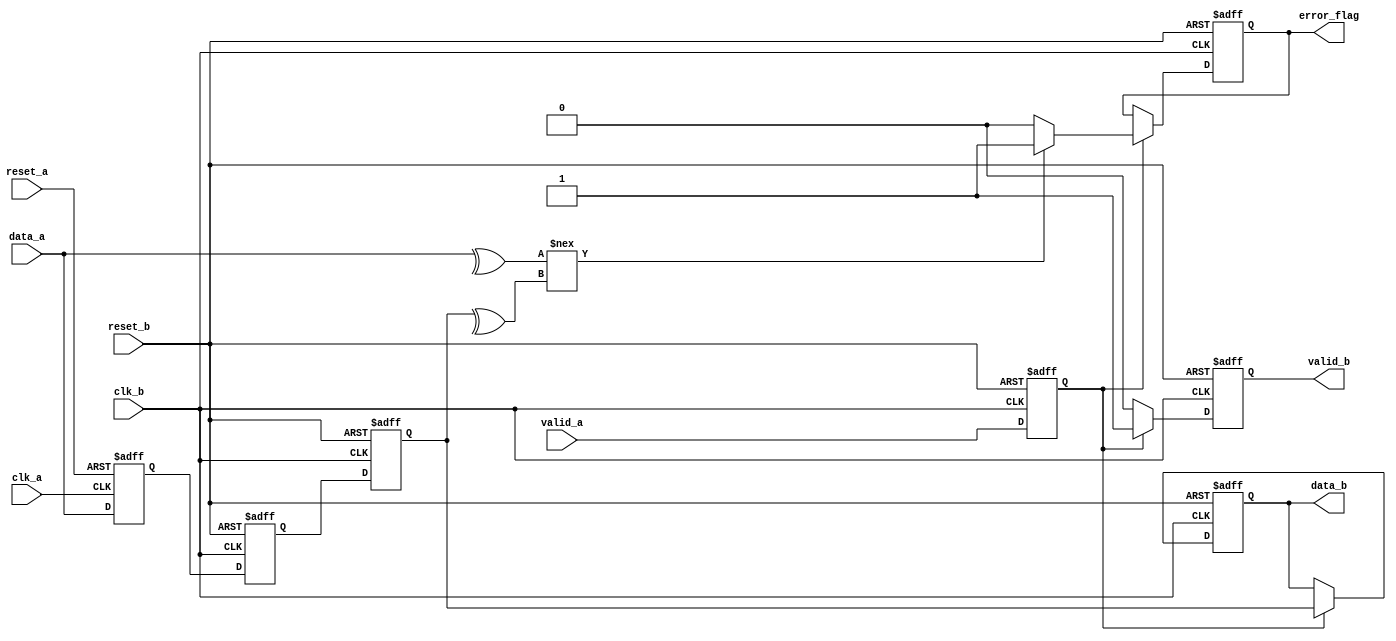
module cdc_with_error_detection #(
    parameter DATA_WIDTH = 8 // Adjust data width as necessary
)(
    input wire clk_a,          // Clock for Domain A
    input wire clk_b,          // Clock for Domain B
    input wire reset_a,        // Asynchronous reset for Domain A
    input wire reset_b,        // Asynchronous reset for Domain B
    input wire [DATA_WIDTH-1:0] data_a, // Data input from Domain A
    input wire valid_a,        // Valid signal for data in Domain A
    output reg [DATA_WIDTH-1:0] data_b, // Synchronized data output in Domain B
    output reg error_flag,     // Error indication flag
    output reg valid_b         // Valid signal for data in Domain B
);

// Internal signals
reg [DATA_WIDTH-1:0] data_a_reg;
reg [DATA_WIDTH-1:0] sync_flop1, sync_flop2;
reg parity_a, parity_b;
reg valid_a_reg, valid_a_sync;

// Generate parity bit for data_a
always @(*) begin
    parity_a = ^data_a; // Simple even parity generation
end

// Synchronize valid signal and data from Domain A to Domain B
always @(posedge clk_b or posedge reset_b) begin
    if (reset_b) begin
        sync_flop1 <= 0;
        sync_flop2 <= 0;
        valid_a_sync <= 0;
    end else begin
        sync_flop1 <= data_a_reg; // Capture data from Domain A
        sync_flop2 <= sync_flop1;  // Second flop for synchronization
        valid_a_sync <= valid_a;   // Synchronize valid signal
    end
end

// Input Interface: Latch data and valid signal from Domain A
always @(posedge clk_a or posedge reset_a) begin
    if (reset_a) begin
        data_a_reg <= 0;
        valid_a_reg <= 0;
    end else begin
        data_a_reg <= data_a;    // Latch data from Domain A
        valid_a_reg <= valid_a;  // Latch valid signal
    end
end

// Output Interface: Transfer synchronized data and check for errors
always @(posedge clk_b or posedge reset_b) begin
    if (reset_b) begin
        data_b <= 0;
        valid_b <= 0;
        error_flag <= 0;
    end else begin
        if (valid_a_sync) begin
            data_b <= sync_flop2; // Output synchronized data
            valid_b <= 1;         // Assert valid signal for output

            // Generate parity for received data
            parity_b = ^sync_flop2; // Calculate parity bit for received data

            // Check for error using parity
            if (parity_a !== parity_b) begin
                error_flag <= 1; // Set error flag if parity doesn't match
            end else begin
                error_flag <= 0; // Clear error flag if parity matches
            end
        end else begin
            valid_b <= 0; // Deassert valid signal if no valid data
        end
    end
end

endmodule